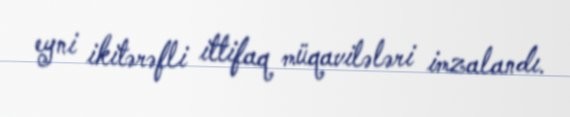
eyni ikitərəfli ittifaq müqavilələri imzalandı.